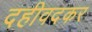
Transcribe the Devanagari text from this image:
दहीवदकर